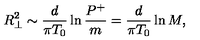
R _ { \perp } ^ { 2 } \sim { \frac { d } { \pi T _ { 0 } } } \ln { \frac { P ^ { + } } { m } } = { \frac { d } { \pi T _ { 0 } } } \ln M ,